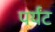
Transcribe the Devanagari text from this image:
पर्यंट